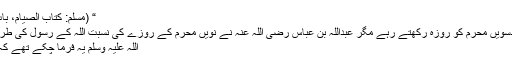
“ (مسلم: کتاب الصیام، باب اَی یوم الصیام فی عاشوراء؛۱۱۳۳)
اگرچہ آنحضرت صلی اللہ علیہ وسلم دسویں محرم کو روزہ رکھتے رہے مگر عبداللہ بن عباس رضی اللہ عنہ نے نویں محرم کے روزے کی نسبت اللہ کے رسول کی طرف اس لئے کردی کہ آنحضرت صلی
اللہ علیہ وسلم یہ فرما چکے تھے کہ آئندہ سال میں نو کا روزہ رکھوں گا۔